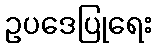
ဥပဒေပြုရေး